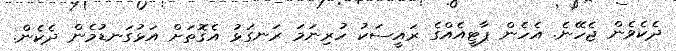
ދެކެވެން ޖެހޭނެ. އެހެން ޕާޓީއެއްގެ ރައީސަކު ހުރިނަމަ ރަނގަޅު އެގޮތަށް އަޅުގަނޑުމެން ދެކެން.